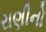
રાણીનો